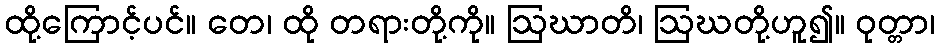
ထို့ကြောင့်ပင်။ တေ၊ ထို တရားတို့ကို။ ဩဃာတိ၊ ဩဃတို့ဟူ၍။ ဝုတ္တာ၊